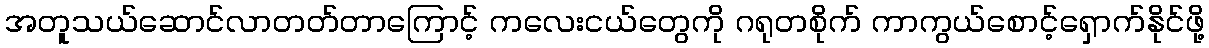
အတူသယ်ဆောင်လာတတ်တာကြောင့် ကလေးငယ်တွေကို ဂရုတစိုက် ကာကွယ်စောင့်ရှောက်နိုင်ဖို့